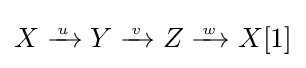
X\xrightarrow {{} \atop u} Y\xrightarrow {{} \atop v} Z\xrightarrow {{} \atop w} X[1]